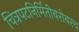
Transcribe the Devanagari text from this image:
चित्रपटनिर्मितीबरोबरच